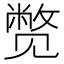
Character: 𬢓